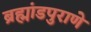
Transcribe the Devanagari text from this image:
ब्रह्मांडपुराणे